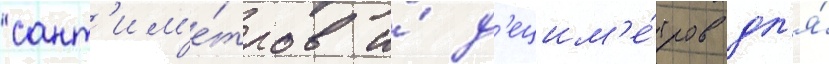
сант'им'е́тров и́ д'ецим'е́тров дл'я́